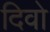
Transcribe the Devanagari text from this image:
दिवो